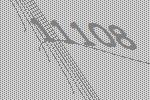
11108